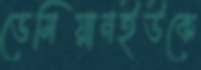
ডেমিয়ানইউকে